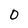
Character: 0